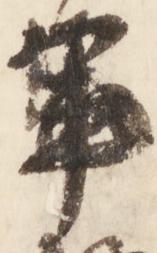
軍